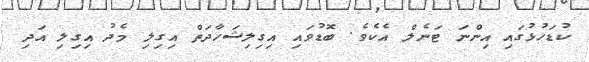
ކުޑަހުޅުގައި އިންނަ ޓަނެލް އެކެވެ. ބޮޑުވައި އިގިލިޝަހާދަތް އިގިލި މެދު އިގިލި އަދި